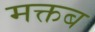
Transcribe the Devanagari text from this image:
मक्तब